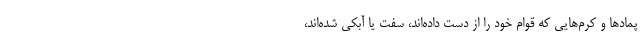
پمادها و کرم‌هایی که قوام خود را از دست داده‌اند، سفت یا آبکی شده‌اند،